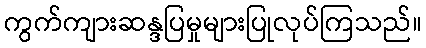
ကွက်ကျားဆန္ဒပြမှုများပြုလုပ်ကြသည်။